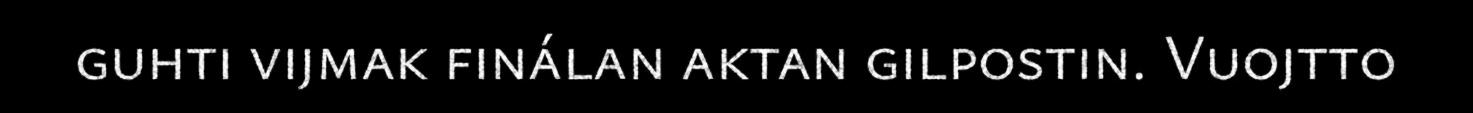
guhti vijmak finálan aktan gilpostin. Vuojtto